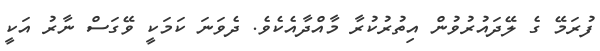
ފުރަމޭ ގެ ލޭދައުރުވުން އިތުރުކުރާ މާއްދާއެކެވެ. ދެވަނަ ކަމަކީ ވޭގަސް ނާރު އަކީ